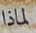
لماذا